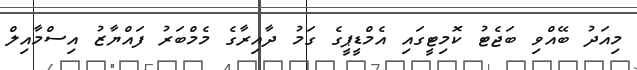
މިއަދު ބޭއްވި ބަޖެޓު ކޮމިޓީގައި އެމްޑީޕީގެ ގަމު ދާއިރާގެ މެމްބަރު ފައްޔާޒު އިސްމާއިލް